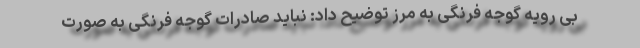
بی رویه گوجه فرنگی به مرز توضیح داد: نباید صادرات گوجه فرنگی به صورت